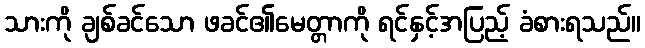
သားကို ချစ်ခင်သော ဖခင်၏မေတ္တာကို ရင်နှင့်အပြည့် ခံစားရသည်။